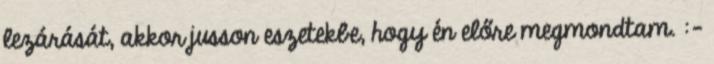
lezárását, akkor jusson eszetekbe, hogy én előre megmondtam. :-